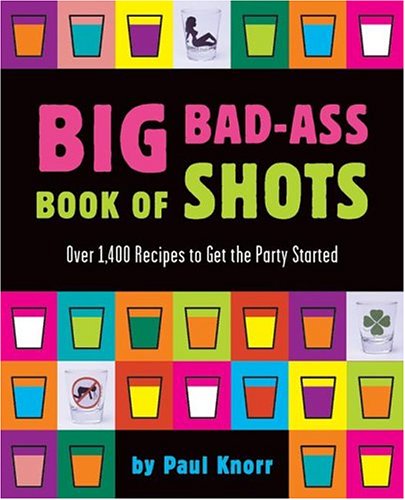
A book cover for Big Bad-Ass Book of Shots; Paul Knorr; Cookbooks, Food & Wine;